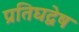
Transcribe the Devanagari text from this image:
प्रतिघद्वेष